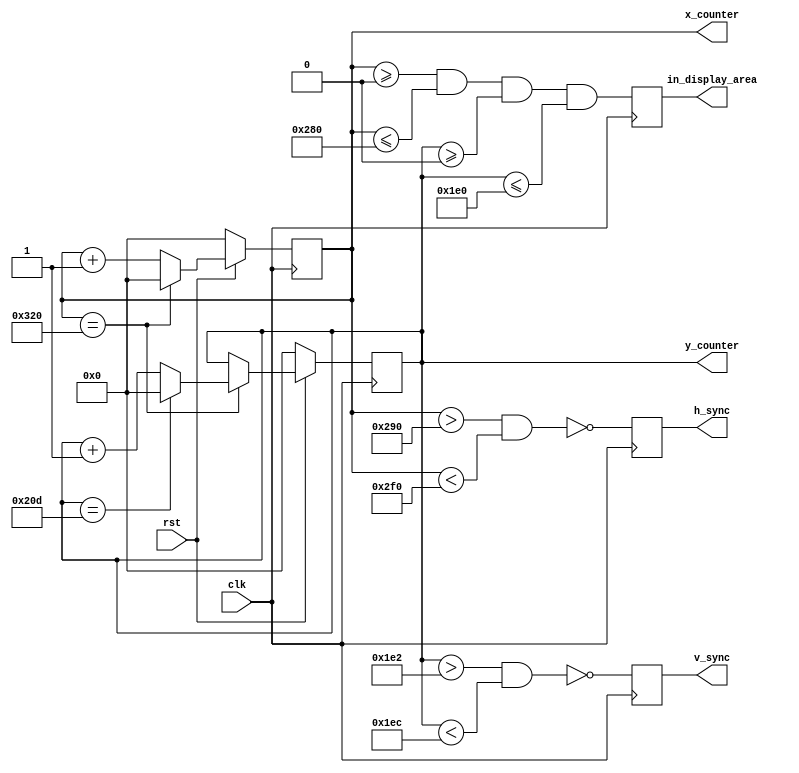
module VGA_Driver(
    input clk,
    input rst,
    output reg h_sync,  //tells the monitor that a line has been completed
    output reg v_sync,  //tells the monitor when a screen has been completed
    output reg[9:0] x_counter,
    output reg[9:0] y_counter,
    output reg in_display_area
);
    localparam H_ACTIVE_PIXELS=640;
    localparam H_FRONT_PORCH=16;
    localparam H_SYNC_WIDTH=96;
    localparam H_BACK_PORCH=48;
    localparam H_TOTAL_PIEXLS=(H_ACTIVE_PIXELS+H_FRONT_PORCH+H_BACK_PORCH+H_SYNC_WIDTH); 
    localparam V_ACTIVE_PIXELS=480; 
    localparam V_FRONT_PORCH=2; 
    localparam V_SYNC_WIDTH=10; 
    localparam V_BACK_PORCH=33; 
    localparam V_TOTAL_PIEXLS=(V_ACTIVE_PIXELS+V_FRONT_PORCH+V_BACK_PORCH+V_SYNC_WIDTH); 

    initial
    begin
        x_counter=0;
        y_counter=0;
    end

    wire x_counter_max;
    wire y_counter_max;
    assign x_counter_max=(x_counter==H_TOTAL_PIEXLS);
    assign y_counter_max=(y_counter==V_TOTAL_PIEXLS);
    
    always@(posedge clk)
    begin
    if(rst)
        begin
        if(x_counter_max)
            x_counter<=0;
        else
            x_counter<=x_counter+1;
        end
    else
        x_counter<=0;
    end

    always@(posedge clk) 
    begin
    if(rst)
        begin
        if(x_counter_max)
            begin
            if(y_counter_max)
                y_counter<=0;
            else
                y_counter<=y_counter+1;
            end 
        end
    else
        y_counter<=0;
    end

    always@(posedge clk)
    begin
    h_sync<=!(x_counter>H_ACTIVE_PIXELS+H_FRONT_PORCH && x_counter<H_ACTIVE_PIXELS+H_FRONT_PORCH+H_SYNC_WIDTH);
    v_sync<=!(y_counter>V_ACTIVE_PIXELS+V_FRONT_PORCH && y_counter<V_ACTIVE_PIXELS+V_FRONT_PORCH+V_SYNC_WIDTH);
    in_display_area<=(x_counter>=0 && x_counter<=H_ACTIVE_PIXELS && y_counter>=0 && y_counter<=V_ACTIVE_PIXELS);
    end
   
endmodule